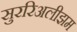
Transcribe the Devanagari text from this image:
सुररिअलीझम